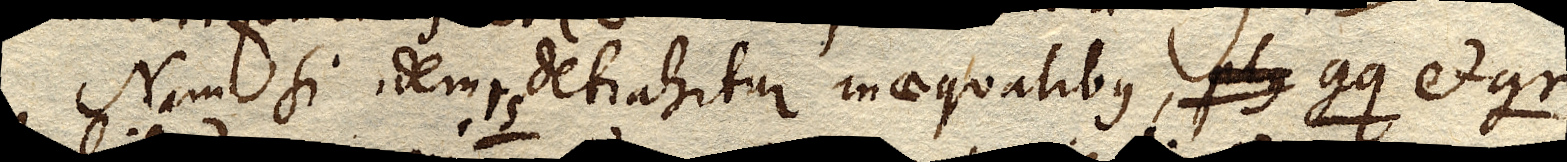
Nam si idem rs detrahitur inaequalibus, plus gq et gr